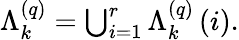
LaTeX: \begin{array}{r}{\Lambda_{k}^{\left(q\right)}=\bigcup_{i=1}^{r}\Lambda_{k}^{\left(q\right)}\left(i\right).}\end{array}